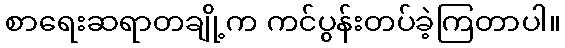
စာရေးဆရာတချို့က ကင်ပွန်းတပ်ခဲ့ကြတာပါ။